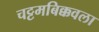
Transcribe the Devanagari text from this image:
चट्टमबिक्कवला